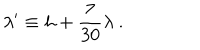
\lambda ^ { \prime } \equiv h + { \frac { 7 } { 3 0 } } \lambda \ .